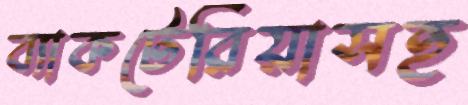
ব্যাকটেরিয়াসহ